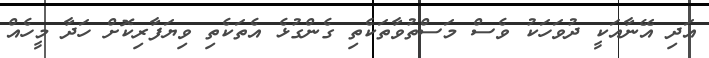
އަދި އޭނާއަކީ ދުވަހަކު ވެސް މަސްތުވާތަކެތި ގެންގުޅެ އެތަކެތި ވިޔަފާރިކޮށް ހަދާ މީހެއް